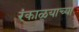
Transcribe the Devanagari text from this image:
रंकाळ्याच्या